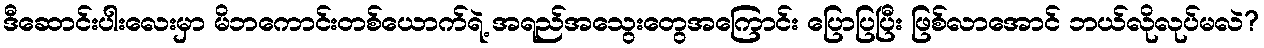
ဒီဆောင်းပါးလေးမှာ မိဘကောင်းတစ်ယောက်ရဲ့ အရည်အသွေးတွေအကြောင်း ပြောပြပြီး ဖြစ်လာအောင် ဘယ်လိုလုပ်မလဲ?